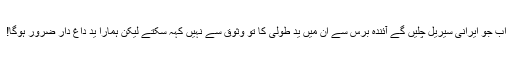
اب جو ایرانی سیریل چلیں گے آئندہ برس سے ان میں یدِ طولیٰ کا تو وثوق سے نہیں کہہ سکتے لیکن ہمارا یدِ داغ دار ضرور ہوگا!